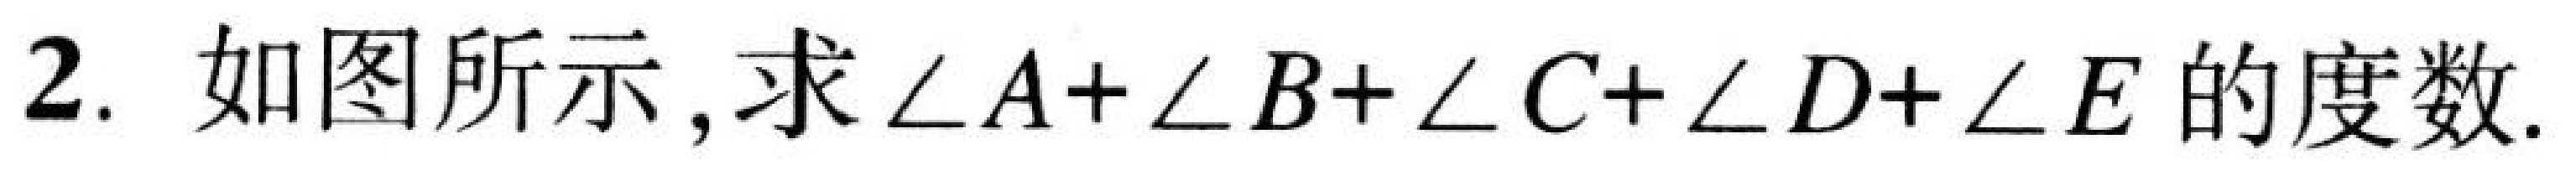
2. 如图所示，求\(\angle A+\angle B+\angle C+\angle D+\angle E\)的度数.